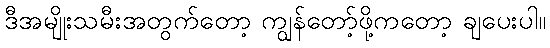
ဒီအမျိုးသမီးအတွက်တော့ ကျွန်တော့်ဖို့ကတော့ ချပေးပါ။